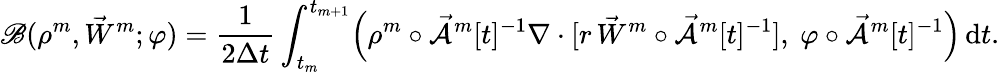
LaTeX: \mathscr{B}(\rho^{m},\vec{W}^{m};\varphi)=\frac{1}{2\Delta t}\int_{t_{m}}^{t_{m+1}}\Bigl(\rho^{m}\circ\mathcal{\vec{A}}^{m}[t]^{-1}\nabla\cdot[r\, \vec{W}^{m}\circ\mathcal{\vec{A}}^{m}[t]^{-1}],~\varphi\circ\mathcal{\vec{A}}^{m}[t]^{-1}\Bigr)\, \mathrm{d}t.